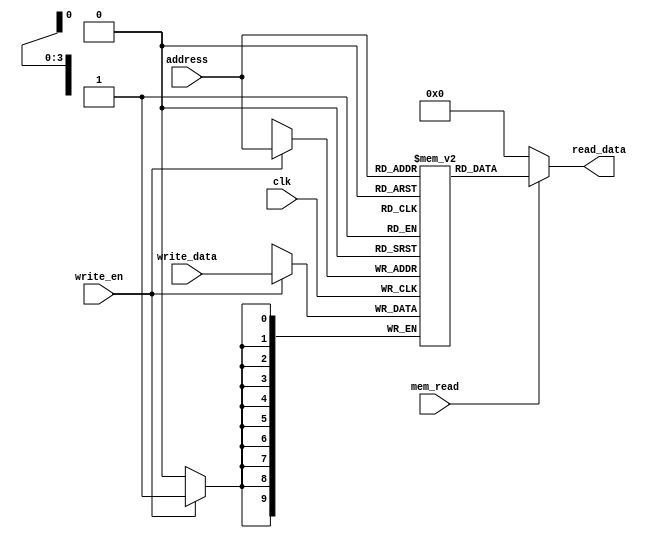
`timescale 1ns / 1ps
//////////////////////////////////////////////////////////////////////////////////
// Company: 
// Engineer: 
// 
// Design Name: 
// Module Name: DataMemory
// Project Name: 
// Target Devices: 
// Tool Versions: 
// Description: 
// 
// Dependencies: 
// 
// Revision:
// Revision 0.01 - File Created
// Additional Comments:
// 
//////////////////////////////////////////////////////////////////////////////////


module DataMemory(input clk, input [3:0] address, input [9:0] write_data, input write_en, input mem_read, 
                    output [9:0] read_data);
        integer i;
        reg [9:0] ram [15:0];
        wire [3:0] ram_address = address;
        reg [1:0] program;
        
        initial begin
            program = 2'b10;
            case(program)
            2'b11:
                for(i = 0; i < 16; i=i+1)
                if (i == 0 || i == 1)
                    begin
                        ram[0] <= 10'b0000001000;
                        ram[1] <= 10'b0000000101;
                    end
                else
                    begin
                        ram[i] <= 10'b0000000000;
                    end
            2'b10:
                for(i = 0; i < 16; i=i+1)
                if (i < 8)
                    begin
                        ram[0] <= 10'b0000001010;
                        ram[1] <= 10'b0000001111;
                        ram[2] <= 10'b0000001100;
                        ram[3] <= 10'b0000001011;
                        ram[4] <= 10'b0000001101;
                        ram[5] <= 10'b0000001111;
                        ram[6] <= 10'b0000000111;
                        ram[7] <= 10'b0000000000;
                    end
                else
                    begin
                        ram[i] <= 10'b0000000000;
                    end
            endcase
        end
        
        always @(posedge clk) begin
            if (write_en)
                ram[ram_address] <= write_data;
        end
        assign read_data = (mem_read) ? ram[ram_address] : 10'b0000000000;
endmodule